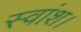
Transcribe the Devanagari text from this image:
स्वांश।